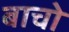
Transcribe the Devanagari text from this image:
बाचो